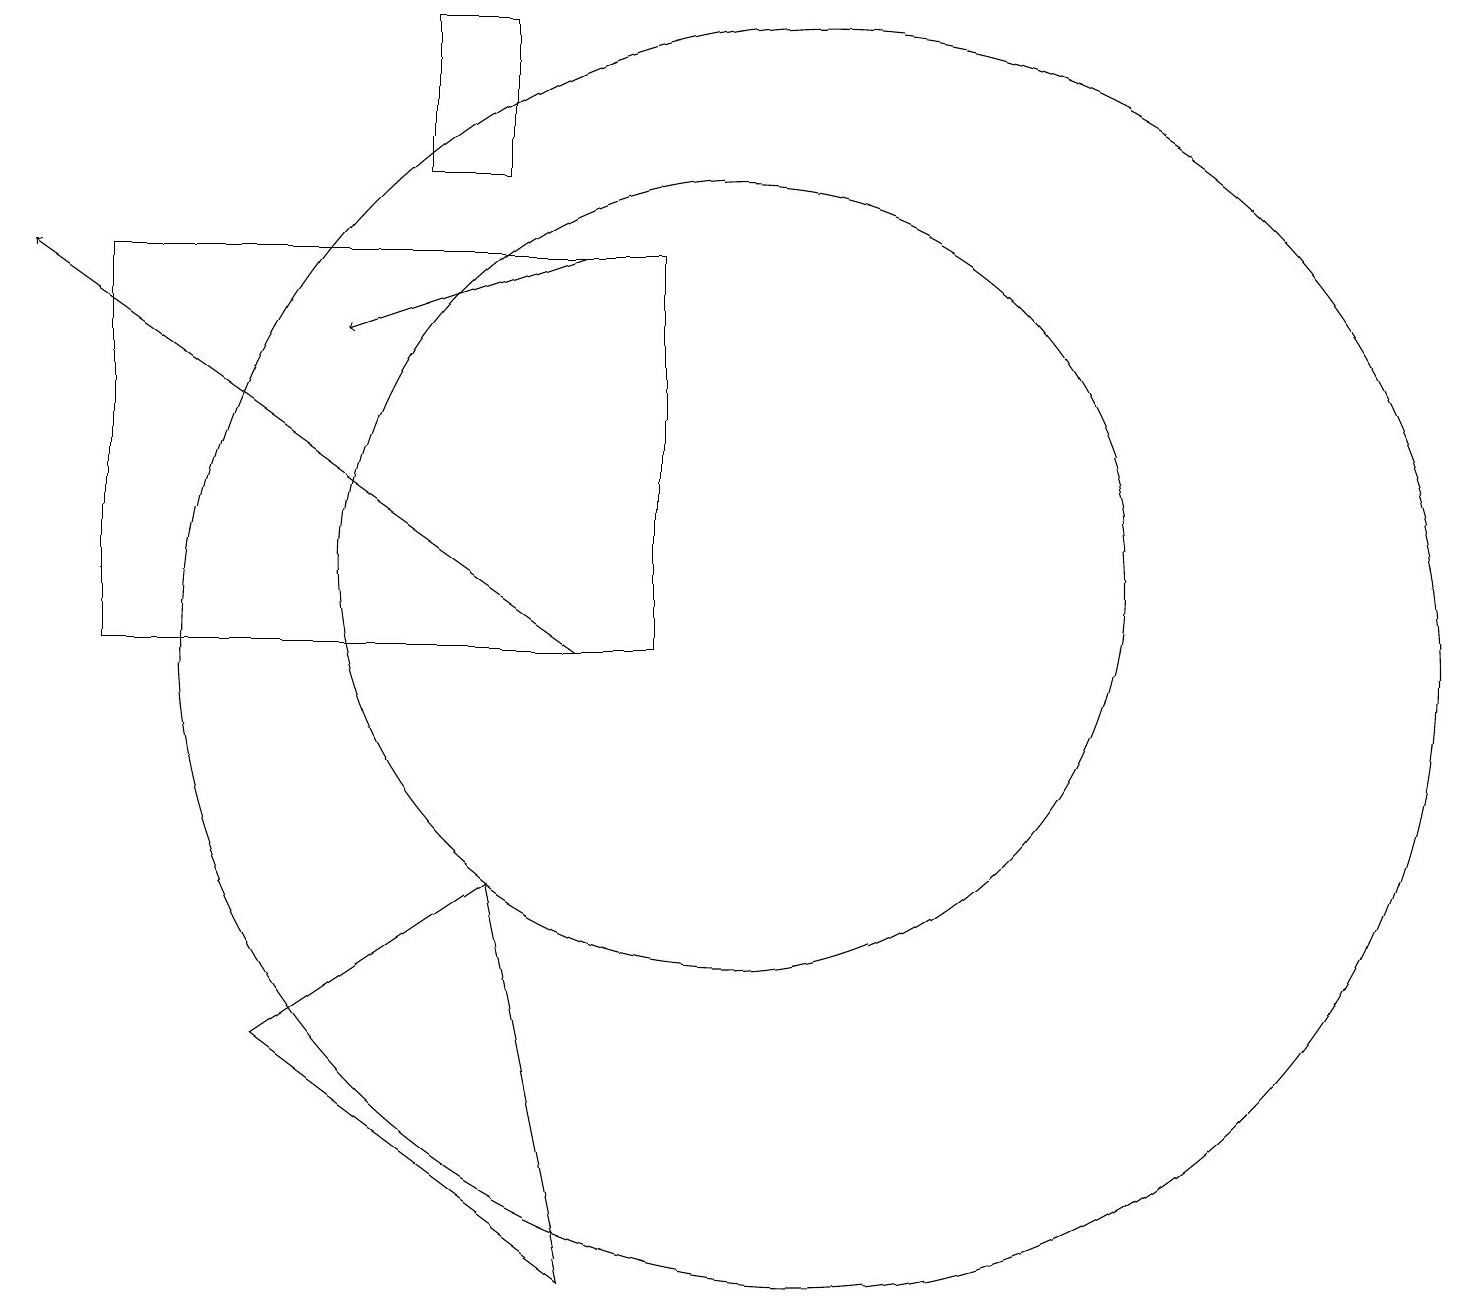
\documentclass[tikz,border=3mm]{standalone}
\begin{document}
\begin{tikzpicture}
\draw[->] (8,15) -- (5,14);
\draw (6,16) rectangle (7,18);
\draw (10,11) circle (5);
\draw (2,15) rectangle (9,10);
\draw (4,5) -- (7,7) -- (8,2) -- cycle;
\draw[->] (8,10) -- (1,15);
\draw (11,10) circle (8);
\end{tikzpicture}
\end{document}